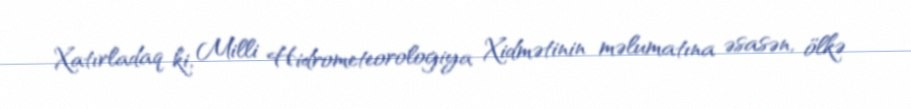
Xatırladaq ki, Milli Hidrometeorologiya Xidmətinin məlumatına əsasən, ölkə